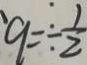
9 = \div \frac { 1 } { 2 }